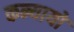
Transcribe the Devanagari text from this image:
कन्यायों